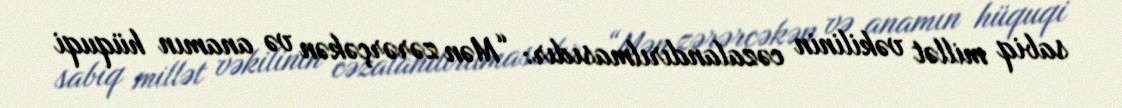
sabiq millət vəkilinin cəzalandırılmasıdır: “Mən zərərçəkən və anamın hüquqi